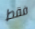
فقط